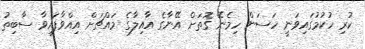
ކުރި ހުކުމުގައިވަނީ ހަސަން ހިމެނޭ ގޮތަށް އޭނާގެ އާއިލާގެ މައްޗަށް އިއްވާފައިވާ ސާބިތު